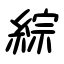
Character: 綜